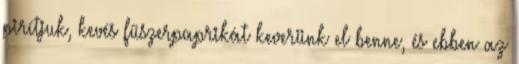
pirítjuk, kevés fűszerpaprikát keverünk el benne, és ebben az